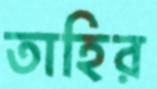
তাহির